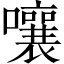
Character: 嚷